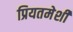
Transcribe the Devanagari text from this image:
प्रियतमेशी